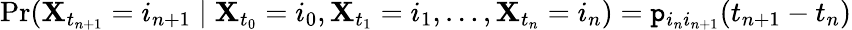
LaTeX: \operatorname*{Pr}(\mathbf{X}_{t_{n+1}}=i_{n+1}\mid\mathbf{X}_{t_{0}}=i_{0},\mathbf{X}_{t_{1}}=i_{1},\ldots,\mathbf{X}_{t_{n}}=i_{n})=\mathtt{p}_{i_{n}i_{n+1}}(t_{n+1}-t_{n})